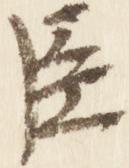
臣